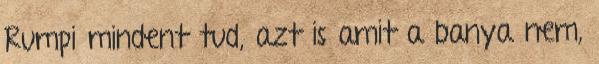
Rumpi mindent tud, azt is amit a banya nem,